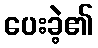
ပေးခဲ့၏